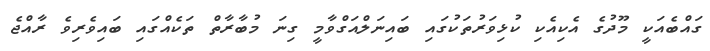
ގައްބެއަކީ މޫދުގެ އެކިއެކި ކުޅިވަރުތަކުގައި ބައިނަލްއަގްވާމީ ގިނަ މުބާރާތް ތަކެއްގައި ބައިވެރިވެ ރާއްޖެ